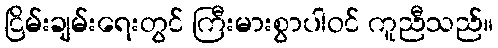
ငြိမ်းချမ်းရေးတွင် ကြီးမားစွာပါဝင် ကူညီသည်။